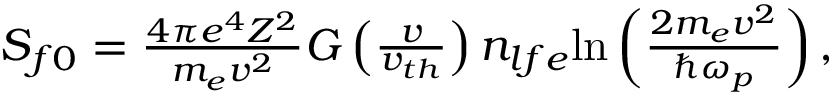
\begin{array} { r } { S _ { f 0 } = \frac { 4 \pi e ^ { 4 } Z ^ { 2 } } { m _ { e } v ^ { 2 } } G \left( \frac { v } { v _ { t h } } \right) n _ { l f e } \mathrm { l n } \left( \frac { 2 m _ { e } v ^ { 2 } } { \hbar \omega _ { p } } \right) , } \end{array}